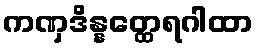
ကဏှဒိန္နတ္ထေရဂါထာ